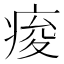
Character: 痠